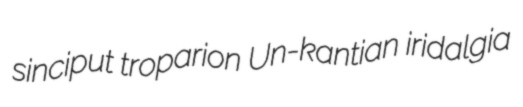
sinciput troparion Un-kantian iridalgia